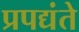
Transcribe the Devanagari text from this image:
प्रपद्यंते